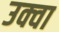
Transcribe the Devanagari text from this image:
उक्वा